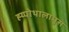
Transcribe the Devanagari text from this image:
ह्य्पोथालामुस